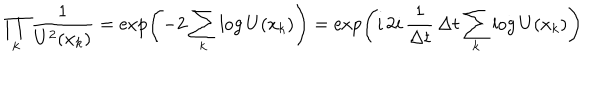
LaTeX: \prod _ { k } \frac { 1 } { U ^ { 2 } ( x _ { k } ) } = \exp \left( - 2 \sum _ { k } \log U ( x _ { k } ) \right) = \exp \left( i \, 2 i \, \frac { 1 } { \Delta t } \, \Delta t \sum _ { k } \log U ( x _ { k } ) \right)